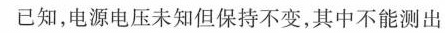
已知，电源电压未知但保持不变，其中不能测出